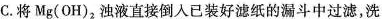
C. 将Mg(OH)_{2} 浊液直接倒入已装好滤纸的漏斗中过滤，洗